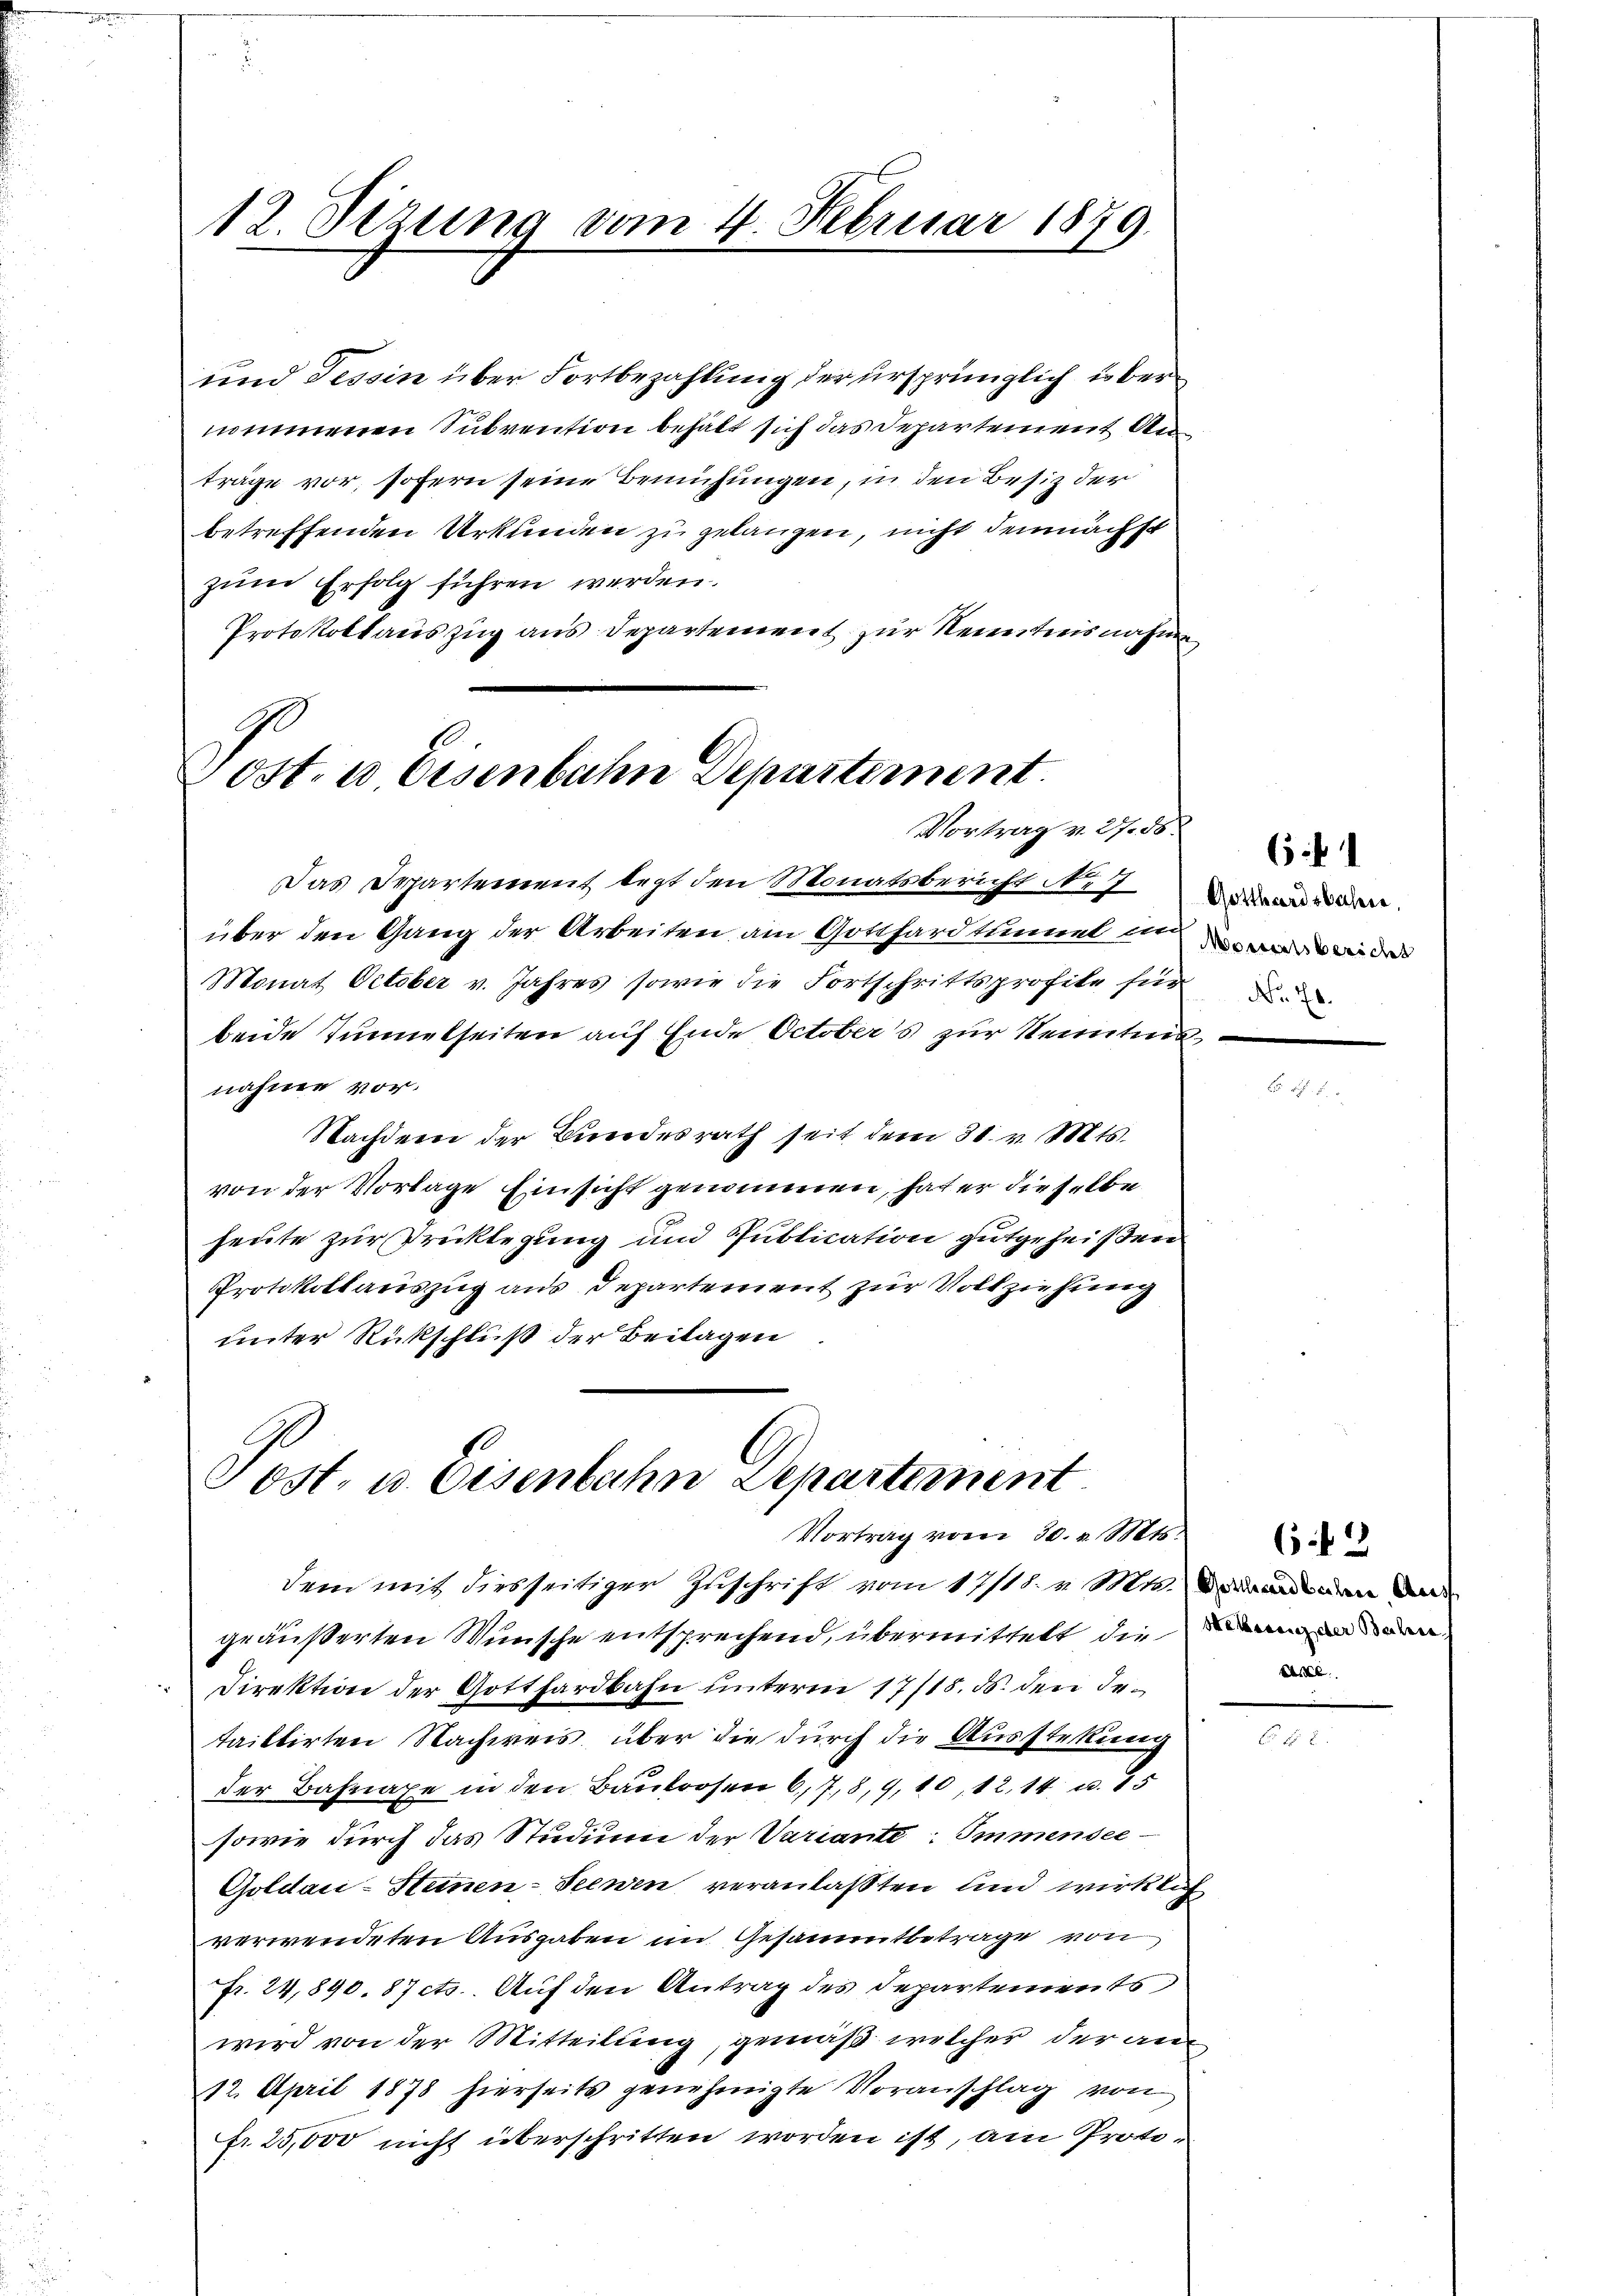
12. Sizung vom 4. Februar 1879.

und Tessin über Fortbezahlung der ursprünglich übernommenen Subvention behält sich das Departement Anträge vor, sofern seine Bemühungen, in den Besitz der
betreffenden Urkunden zu gelangen, nicht demnächst
zum Erfolg führen werden.
Protokollauszug aus Departement zur Kenntnisnahme

ost. e Eisenbahn Departement.
Vortrag v. 27. 58

Das Departement legt den Monatsbericht definden
über den Gang der Arbeiten am Gotthardtunnel in in de
Monat October v. Jahres sowie die Fortschrittsprofite für
beide Tunnelseiten auf Ende Octobers zur Kenntnisnahme vor.
Nachdem der Bundesrath seit dem 31. v. Mts.
von der Vorlage Einsicht genommen, hat er dieselbe
heute zur Brücklegung und Publication gutgeheißen
Protokollauszug aus Departement zur Vollziehung
unter Rückschluß der Beilagen

Tost, u. Eisenbahn Departement
Vortrag vom 30. v. Mts.

dem mit diesseitiger Zuschrift vom 17/18. v. Mts. und an der
geäußerten Wunsche entsprechend, übermittelt die an
Direktion der Gotthardbahn unterm 17/15. ds. den Jetaiktirten Nachweis, über die durch die Ausstellung
der Bahnaxe in den Bautrosen 6, 7, 8, 9, 10, 12, 14 u. 15
sowie durch das Studium der Variante: Immensee¬
Goldau-Steinen-Seewen veranlaßten und wirklich
verwendeten Ausgaben im Gesammtbetrage von
Fr. 24,890. 87 cts. Auf den Antrag des Departements
wird von der Mitteilung, gemäß welcher der an
12. April 1878 hierseits genehmigte Voranschlag von
fr. 25,000 nicht überschritten worden ist, am Proto¬

61

62
A